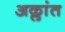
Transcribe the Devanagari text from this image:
अक्लांत